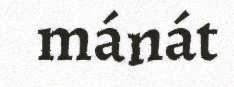
mánát